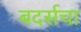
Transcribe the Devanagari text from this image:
बदर्सचा